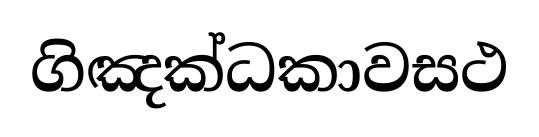
ගිඤක්ධකාවසථ